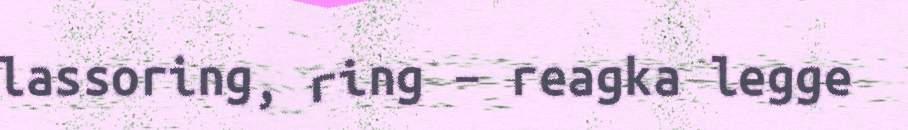
lassoring, ring – reagka legge